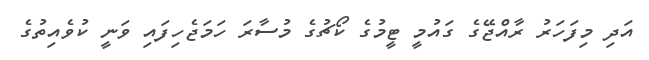
އަދި މިފަހަރު ރާއްޖޭގެ ގައުމީ ޓީމުގެ ކޯޗުގެ މުސާރަ ހަމަޖެހިފައި ވަނީ ކުވެއިތުގެ